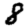
Digit: 8